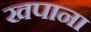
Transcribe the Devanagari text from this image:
खपाना